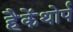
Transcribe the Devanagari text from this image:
हैकेंथोर्प